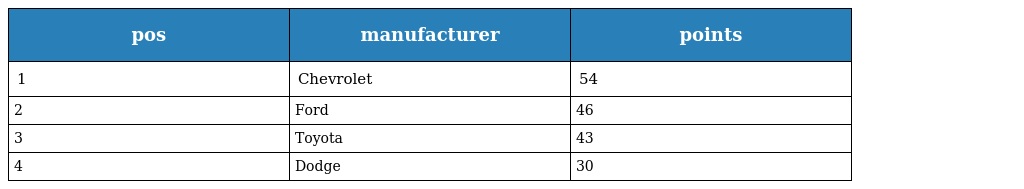
| pos | manufacturer | points |
 | --- | --- | --- |
 | 1 | Chevrolet | 54 |
 | 2 | Ford | 46 |
 | 3 | Toyota | 43 |
 | 4 | Dodge | 30 |